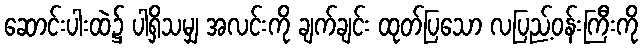
ဆောင်းပါးထဲ၌ ပါရှိသမျှ အလင်းကို ချက်ချင်း ထုတ်ပြသော လပြည့်ဝန်းကြီးကို